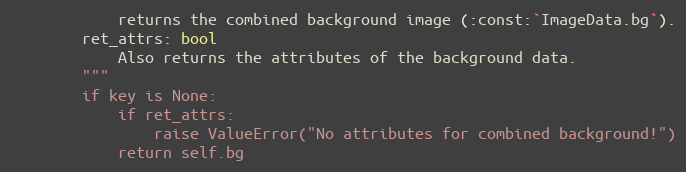
Language: Python
            returns the combined background image (:const:`ImageData.bg`).
        ret_attrs: bool
            Also returns the attributes of the background data.
        """
        if key is None:
            if ret_attrs:
                raise ValueError("No attributes for combined background!")
            return self.bg